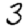
Digit: 3